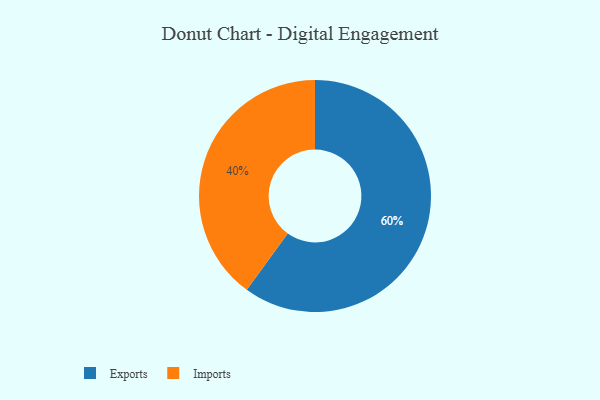
{"axis": {"x": "Category", "y": "Percentage"}, "legend": ["Exports", "Imports"], "data": [{"x": "Imports", "y": 40, "type": "Imports"}, {"x": "Exports", "y": 60, "type": "Exports"}]}